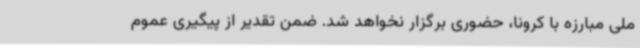
ملی مبارزه با کرونا، حضوری برگزار نخواهد شد. ضمن تقدیر از پیگیری عموم